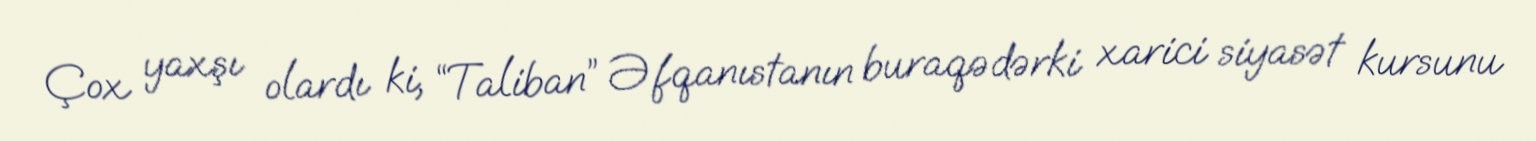
Çox yaxşı olardı ki, “Taliban” Əfqanıstanın buraqədərki xarici siyasət kursunu